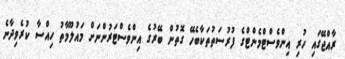
ރާއްޖޭގައި ހުރި އިންވެސްޓްމެންޓްގެ ފުރުސަތުތަކާބެހޭ ގޮތުން ބޭރުގެ އިންވެސްޓަރުންނަށް މައުލޫމާތު ހިއްސާ ކުރެވިދާނެ